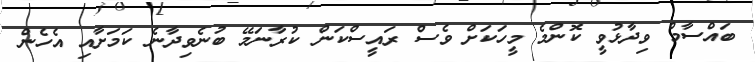
ބައްސާމް ވިދާޅުވީ ކޮންމެ މީހަކަށް ވެސް ރައީސްކަން ކުރާނަމޭ ބުނެވިދާނެ ކަމަށާއި އެހެން